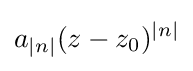
a_{|n|}(z-z_{0})^{|n|}